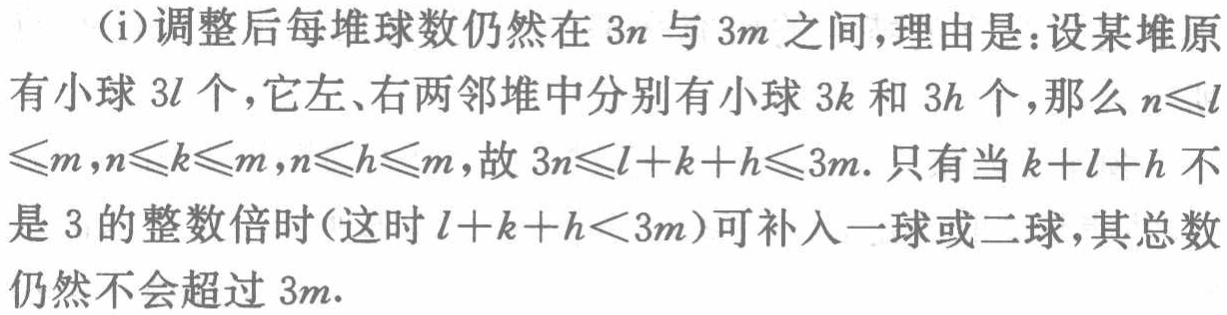
(i)调整后每堆球数仍然在 \(3n\) 与 \(3m\) 之间，理由是：设某堆原有小球 \(3l\) 个，它左、右两邻堆中分别有小球 \(3k\) 和 \(3h\) 个，那么 \(n\leqslant l\leqslant m\)，\(n\leqslant k\leqslant m\)，\(n\leqslant h\leqslant m\)，故 \(3n\leqslant l + k + h\leqslant 3m\)。只有当 \(k + l + h\) 不是 \(3\) 的整数倍时（这时 \(l + k + h<3m\)）可补入一球或二球，其总数仍然不会超过 \(3m\)。